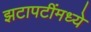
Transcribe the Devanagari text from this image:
झटापटींमध्ये